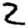
Digit: 2